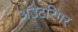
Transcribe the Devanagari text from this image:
अउटरिगर